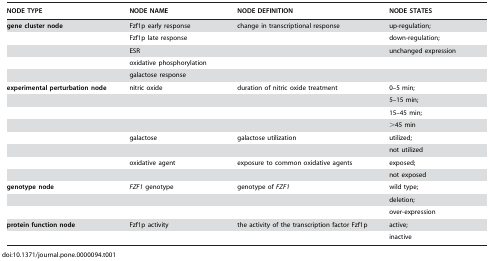
| NODE TYPE | NODE NAME | NODE DEFINITION | NODE STATES |
 | --- | --- | --- | --- |
 | gene cluster node | Fzf1p early response | change in transcriptional response | up-regulation; |
 |  | Fzf1p late response |  | down-regulation; |
 |  | ESR |  | unchanged expression |
 |  | oxidative phosphorylation |  |  |
 |  | galactose response |  |  |
 | experimental perturbation node | nitric oxide | duration of nitric oxide treatment | 0–5 min; |
 |  |  |  | 5–15 min; |
 |  |  |  | 15–45 min; |
 |  |  |  | >45 min |
 |  | galactose | galactose utilization | utilized; |
 |  |  |  | not utilized |
 |  | oxidative agent | exposure to common oxidative agents | exposed; |
 |  |  |  | not exposed |
 | genotype node | FZF1 genotype | genotype of FZF1 | wild type; |
 |  |  |  | deletion; |
 |  |  |  | over-expression |
 | protein function node | Fzf1p activity | the activity of the transcription factor Fzf1p | active; |
 |  |  |  | inactive |